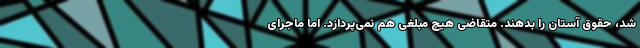
شد، حقوق آستان را بدهند. متقاضی هیچ مبلغی هم نمی‌پردازد. اما ماجرای